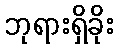
ဘုရားရှိခိုး